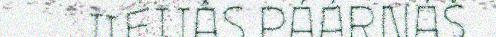
JIEIJÂS PÁÁRNÁŠ